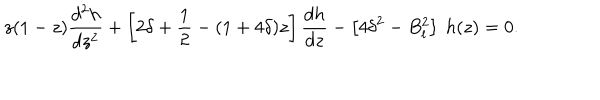
LaTeX: z ( 1 - z ) \frac { d ^ { 2 } h } { d z ^ { 2 } } + \left[ 2 \delta + { \frac { 1 } { 2 } } - ( 1 + 4 \delta ) z \right] \frac { d h } { d z } - \left[ 4 \delta ^ { 2 } - B _ { l } ^ { 2 } \right] ~ h ( z ) = 0 .